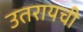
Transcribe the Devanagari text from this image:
उतरायची